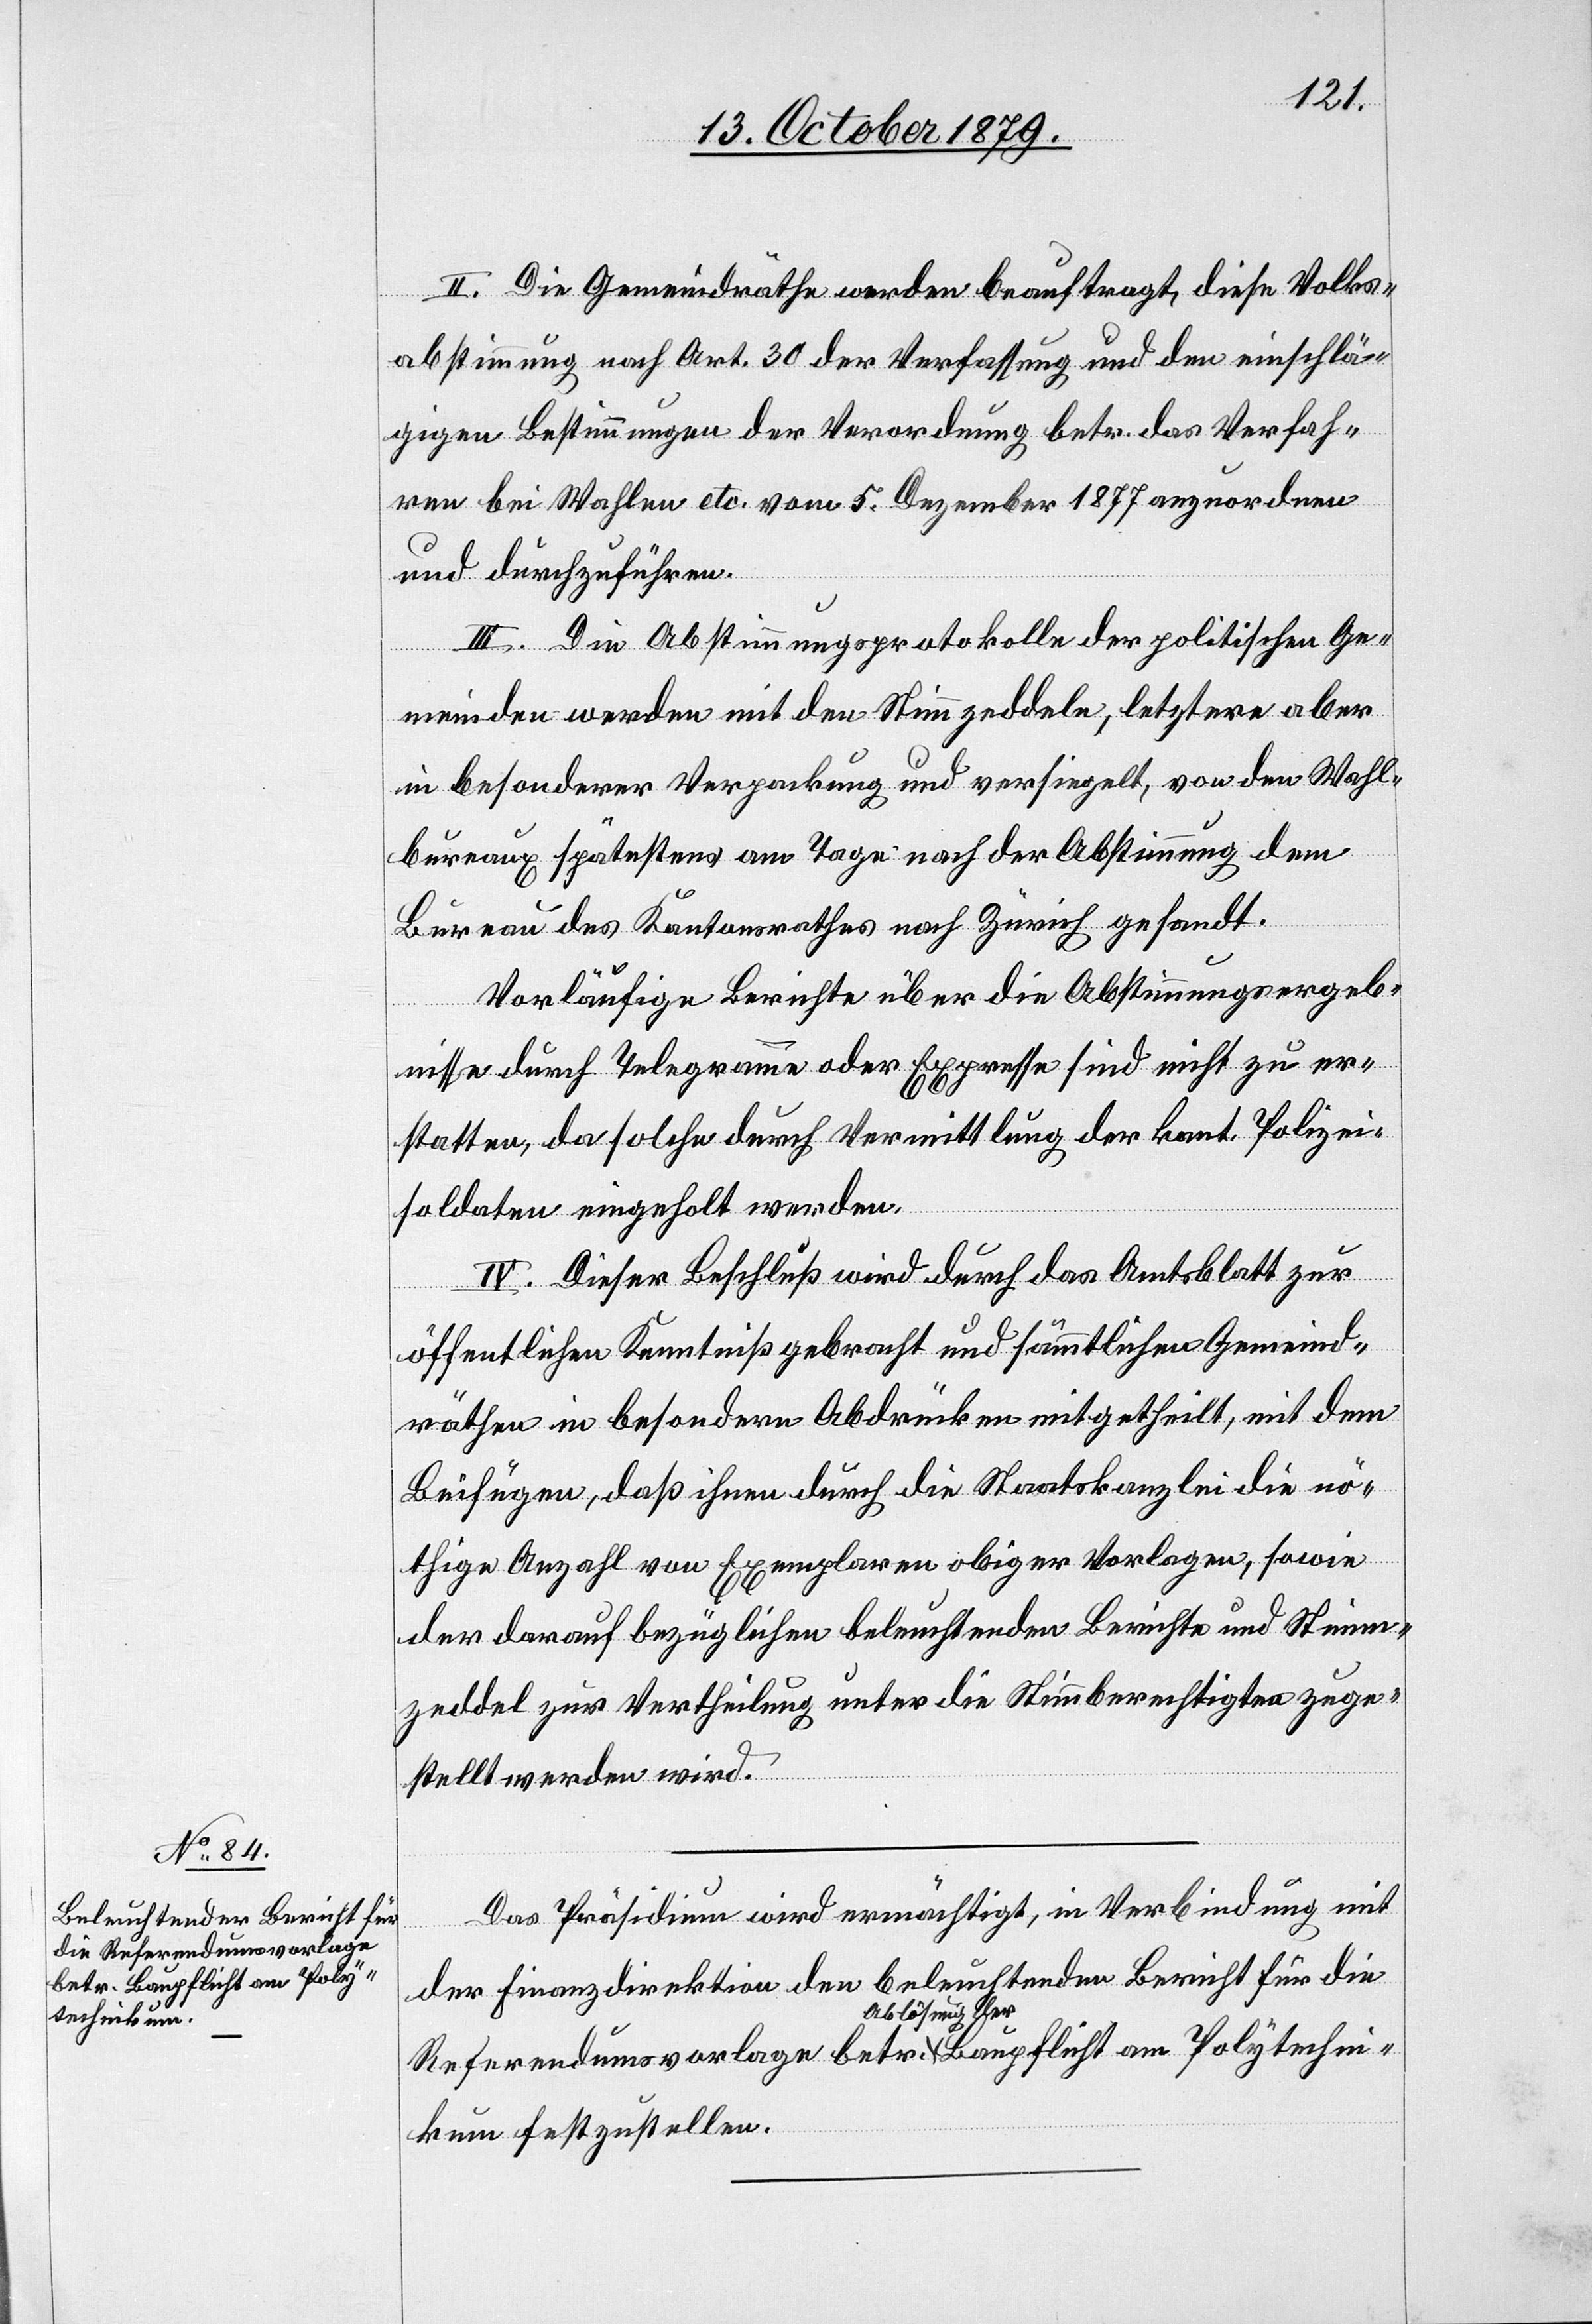
der Baupflicht am Poly¬

II. Die Gemeindräthe werden beauftragt, diese Volks¬
abstimmung nach Art. 30 der Verfassung und den einschlä¬
gigen Bestimmungen der Verordnung betr. das Verfah¬
ren bei Wahlen etc. vom 5. Dezember 1877 anzuordnen
und durchzuführen.
III. Die Abstimmungsprotokolle der politischen Ge¬
techni¬
meinden werden mit den Stimmzeddeln, letztere aber
in besonderer Verpackung und versiegelt, von den Wahl¬
Ablös¬
bureaux spätestens am Tage nach der Abstimmung dem
Bureau des Kantonsrathes nach Zürich gesandt.
Vorläufige Berichte über die Abstimmungsergeb¬
nisse durch Telegramme oder Expresse sind nicht zu er¬
statten, da solche durch Vermittlung der kant. Polizei¬
soldaten eingeholt werden.
ung
IV. Dieser Beschluß wird durch das Amtsblatt zur
öffentlichen Kenntniß gebracht und sämtlichen Gemeind¬
räthen in besondern Abdrücken mitgetheilt, mit dem
Beifügen, daß ihnen durch die Staatskanzlei die nö¬
thige Anzahl von Exemplaren obiger Vorlagen, sowie
der darauf bezüglichen beleuchtenden Berichte und Stimm¬
zeddel zur Vertheilung unter die Stimmberechtigten zuge¬
stellt werden wird.
Das Präsidium wird ermächtigt, in Verbindung mit
der Finanzdirektion den beleuchtenden Bericht für die
kum festzustellen.